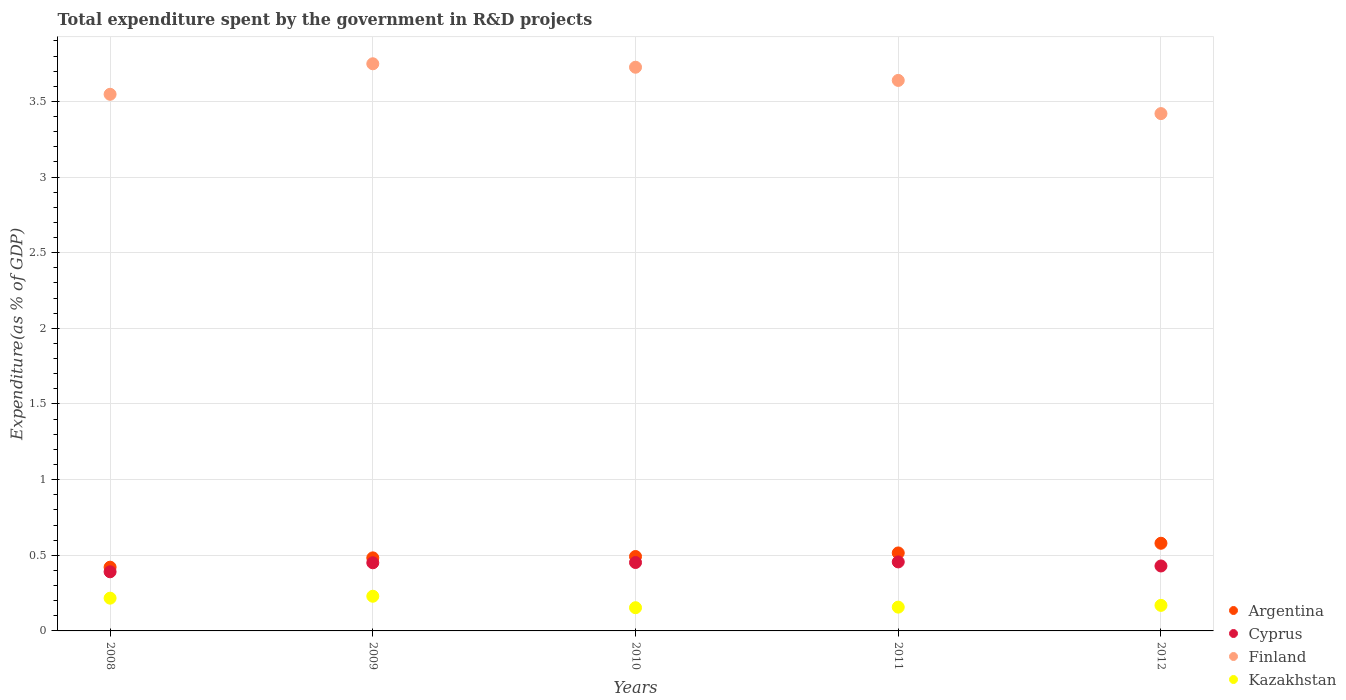
| Years | Argentina | Cyprus | Finland | Kazakhstan |
 | --- | --- | --- | --- | --- |
 | 2008 | 0.421 | 0.391 | 3.55 | 0.217 |
 | 2009 | 0.483 | 0.45 | 3.75 | 0.229 |
 | 2010 | 0.492 | 0.452 | 3.73 | 0.153 |
 | 2011 | 0.515 | 0.456 | 3.64 | 0.157 |
 | 2012 | 0.579 | 0.429 | 3.42 | 0.169 |